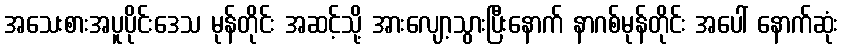
အသေးစားအပူပိုင်းဒေသ မုန်တိုင်း အဆင့်သို့ အားလျော့သွားပြီးနောက် နာဂစ်မုန်တိုင်း အပေါ် နောက်ဆုံး